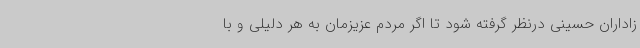
زاداران حسینی درنظر گرفته شود تا اگر مردم عزیزمان به هر دلیلی و با